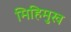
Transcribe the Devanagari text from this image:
मिहिमुख